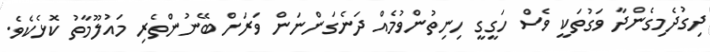
ދިގުދެމިގެންދާ ވަގުތަކީ ވެސް ހަގީގީ ހިނިތުންވުމެއް ދަނެގަންނަން ވަރަށް ބޭނުންތެރި މައުލޫމާތު ކޮޅެކެވެ.